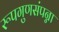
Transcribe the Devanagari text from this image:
रूपगुणसंपन्ना